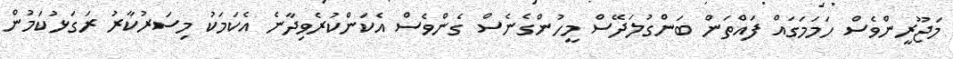
މަޖޫރީންވެސް ހަމަމަގައް ފައްތަން ބަންގުލަދޭސް މީހުންގެނެސް ގެންވެސް އެކަންކުރެވިދާނެ އެކަމަކު މިސަރުކާރު ރަގަޅުކަމުން